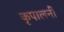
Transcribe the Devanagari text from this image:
कृपालनी